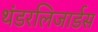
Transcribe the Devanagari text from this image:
थंडरलिजार्डस